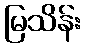
မြသိန်း